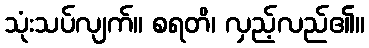
သုံးသပ်လျက်။ စရတိ၊ လှည့်လည်၏။